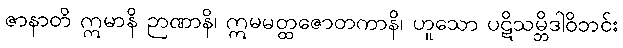
ဇာနာတိ ဣမာနိ ဉာဏာနိ၊ ဣမမတ္ထဇောတကာနိ၊ ဟူသော ပဋိသမ္ဘိဒါဝိဘင်း